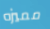
مميزه